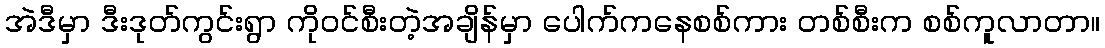
အဲဒီမှာ ဒီးဒုတ်ကွင်းရွာ ကိုဝင်စီးတဲ့အချိန်မှာ ပေါက်ကနေစစ်ကား တစ်စီးက စစ်ကူလာတာ။